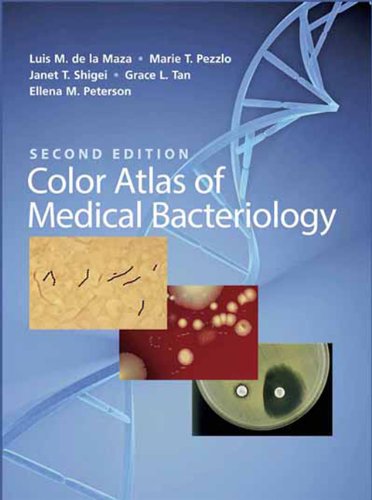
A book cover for Color Atlas of Medical Bacteriology; Luis M. de la Maza; Medical Books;